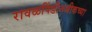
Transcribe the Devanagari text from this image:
रावळपिंडीनजीकच्या